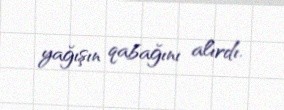
yağışın qabağını alırdı.